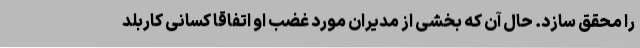
را محقق سازد. حال آن که بخشی از مدیران مورد غضب او اتفاقا کسانی کاربلد